Vaccination report Assam 1874-1896 - 1874-1896
Year: 1874
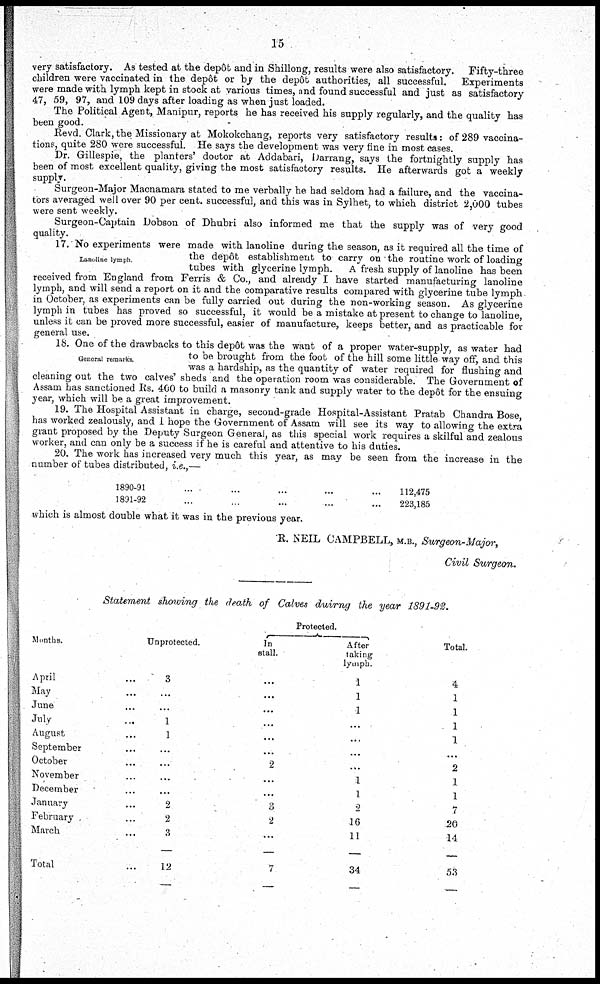
15
very satisfactory. As tested at the depôt and in Shillong, results were also satisfactory.
Fifty-three
children were vaccinated in the depôt or by the depôt authorities, all successful.
Experiments
were made with lymph kept in stock at various times, and found successful and just as satisfactory
47, 59, 97, and 109 days after loading as when just loaded.
The Political Agent, Manipur, reports he has received his supply regularly, and the quality has
been good.
Revd. Clark, the Missionary at Mokokchang, reports very satisfactory results: of 289 vaccina-
tions, quite 280 were successful. He says the development was very fine in most cases.
Dr. Gillespie, the planters' doctor at Addabari, Darrang, says the fortnightly supply has
been of most excellent quality, giving the most satisfactory results. He afterwards got a weekly
supply.
Surgeon-Major Macnamara stated to me verbally he had seldom had a failure, and the vaccina-
tors averaged well over 90 per cent. successful, and this was in Sylhet, to which district 2,000 tubes
were sent weekly.
Surgeon-Captain Dobson of Dhubri also informed me that the supply was of very good
quality.
Lanoline lymph
17. No experiments were made with lanoline during the season, as it required all the time of
the depôt establishment to carry on the routine work of loading
tubes with glycerine lymph.
A fresh supply of lanoline has been
received from England from Ferris & Co., and already I have started manufacturing lanoline
lymph, and will send a report on it and the comparative results compared with glycerine tube lymph
in October, as experiments can be fully carried out during the non-working season. As glycerine
lymph in tubes has proved so successful, it would be a mistake at present to change to lanoline,
unless it can be proved more successful, easier of manufacture, keeps better, and as practicable for
general use.
General remarks.
18. One of the drawbacks to this depôt was the want of a proper water-supply, as water had
to be brought from the foot of the hill some little way off, and this
was a hardship, as the quantity of water required for flushing and
cleaning out the two calves' sheds and the operation room was considerable. The Government of
Assam has sanctioned Rs. 400 to build a masonry tank and supply water to the depôt for the ensuing
year, which will be a great improvement.
19. The Hospital Assistant in charge, second-grade Hospital-Assistant Pratab Chandra Bose,
has worked zealously, and I hope the Government of Assam will see its way to allowing the extra
grant proposed by the Deputy Surgeon General, as this special work requires a skilful and zealous
worker, and can only be a success if he is careful and attentive to his duties.
20. The work has increased very much this year, as may be seen from the increase in the
number of tubes distributed, i.e.,—
1890-91 ... ... ... ... ...
1891-92 ... ... ... ... ...
112,475
223,185
which is almost double what it was in the previous year.
R. NEIL CAMPBELL, M.B., Surgeon-Major,
Civil Surgeon.
Statement showing the death of Calves duirng the year 1891-92.
Months.
April ...
May ...
June ...
July ...
August ...
September ...
October ...
November ...
December ...
January ...
February ...
March ...
Total ...
Unprotected.
3
...
...
1
1
...
...
...
...
2
2
3
12
Protected.
In
stall.
...
...
...
...
...
...
2
...
...
3
2
...
7
After
taking
lymph.
1
1
1
...
...
...
...
1
1
2
16
11
34
Total.
4
1
1
1
1
...
2
1
1
7
20
14
53